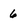
Character: 6